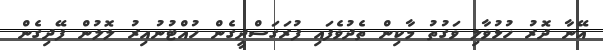
އޭނާ ދޮރު ހުޅުވާލި ވަގުތު މާކިން ތެދުވެފައި ފުރަގަސްދީގެން ހުއްޓުނުއިރު ލޮލުން ފޭދިގެން